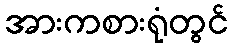
အားကစားရုံတွင်